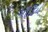
ગૌડિય